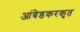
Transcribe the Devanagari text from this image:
आंबेडकरकृत